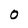
Character: 0